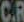
C.R